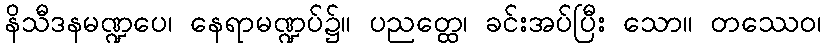
နိသီဒနမဏ္ဍပေ၊ နေရာမဏ္ဍပ်၌။ ပညတ္ထေ၊ ခင်းအပ်ပြီး သော။ တဿေဝ၊